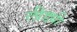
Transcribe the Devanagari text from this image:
लीड्यी